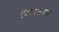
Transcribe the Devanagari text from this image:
विनिमयता